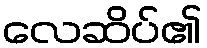
လေဆိပ်၏